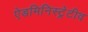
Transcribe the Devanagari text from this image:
ऐडमिनिस्ट्रेटीव